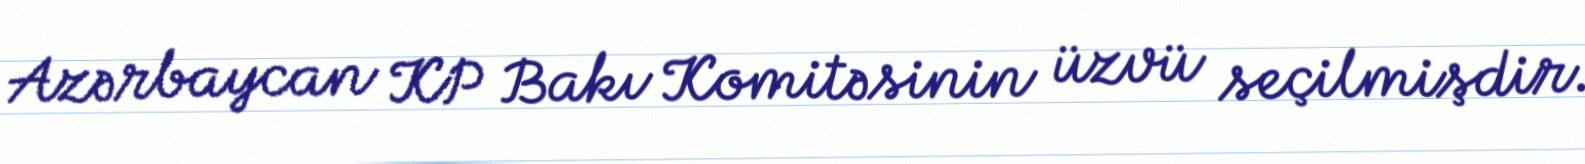
Azərbaycan KP Bakı Komitəsinin üzvü seçilmişdir.